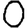
Digit: 0